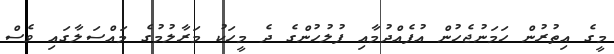
މީގެ އިތުރުން ހަމަނުޖެހުން އުފެއްދުމާއި ފުލުހުންގެ ދެ މީހަކު މަރާލުމުގެ މައްސަލާގައި ވެސް